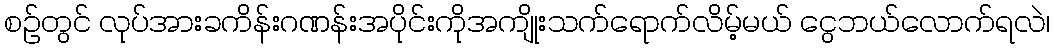
စဉ်တွင် လုပ်အားခကိန်းဂဏန်းအပိုင်းကိုအကျိုးသက်ရောက်လိမ့်မယ် ငွေဘယ်လောက်ရလဲ၊